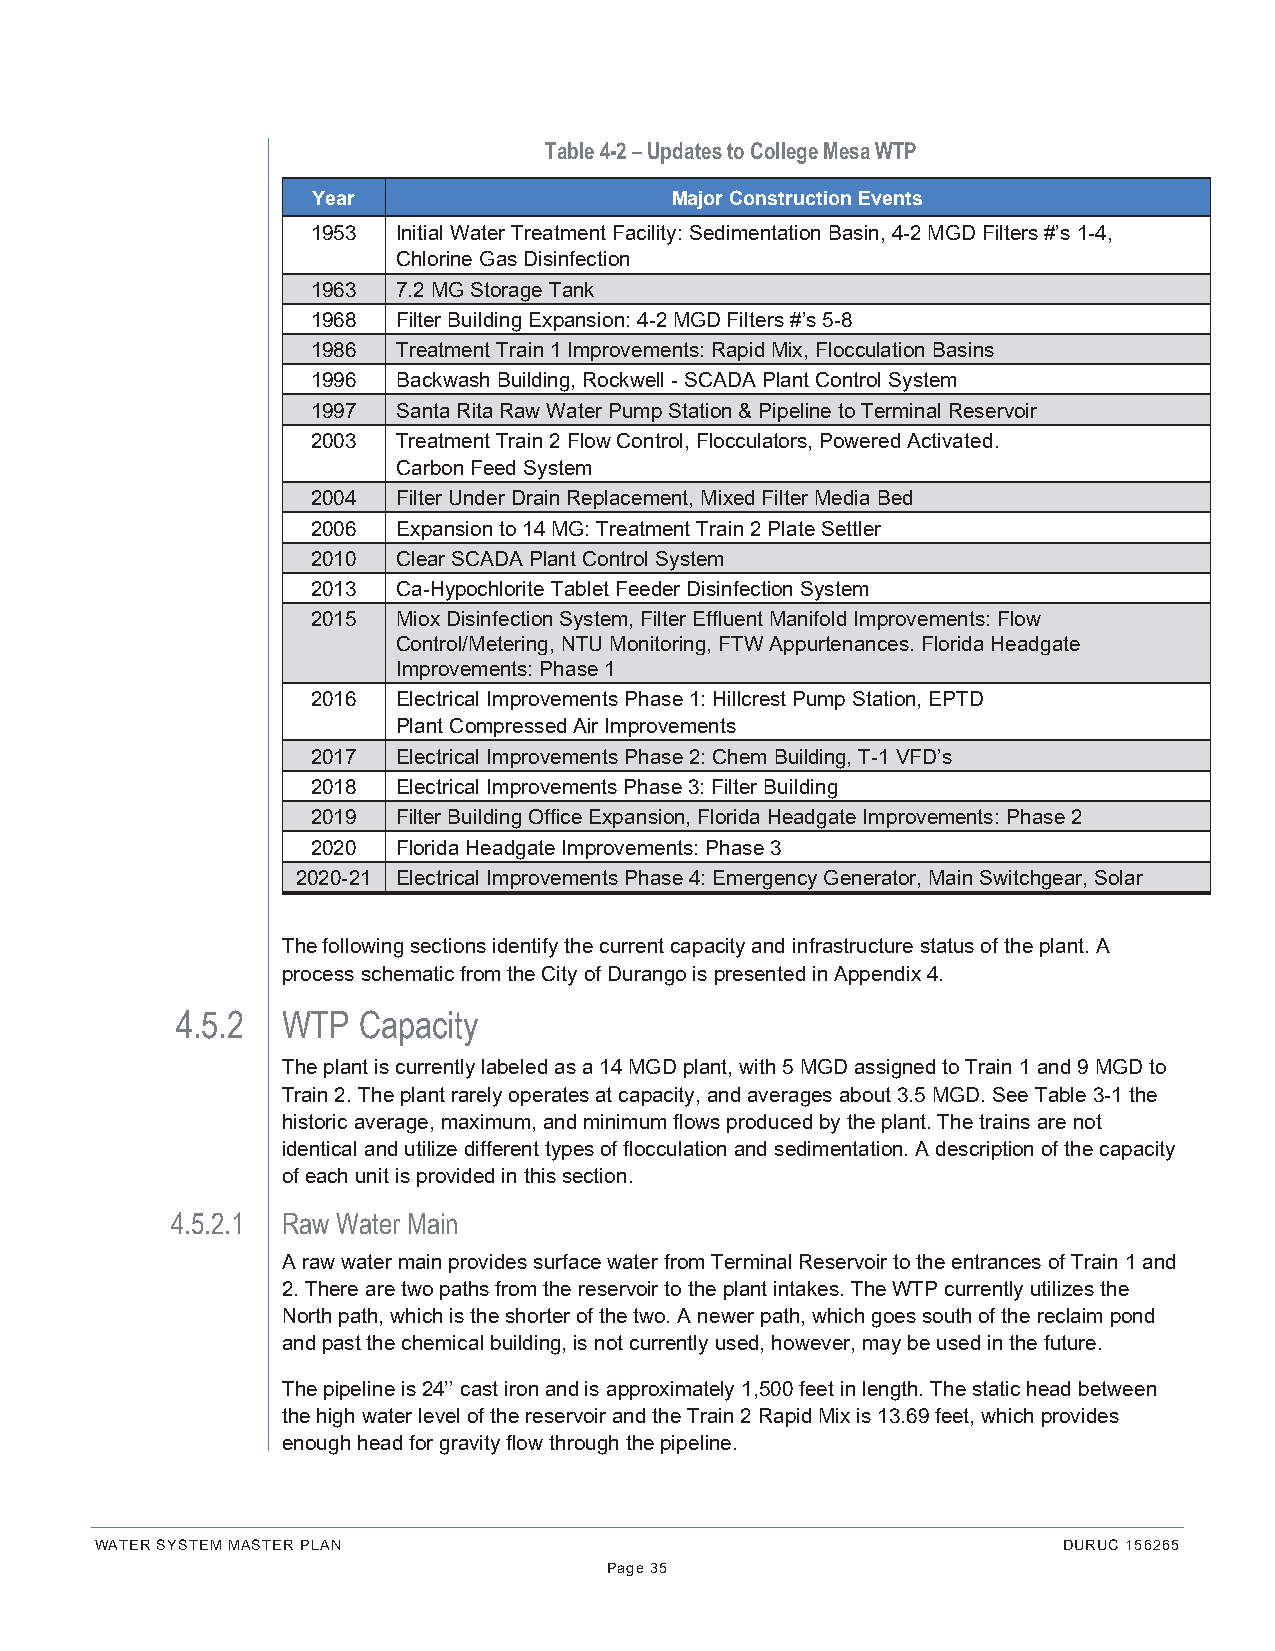
Table 4-2 – Updates to College Mesa WTP
 Year                   Major Construction Events
 1953 Initial Water Treatment Facility: Sedimentation Basin, 4-2 MGD Filters #’s 1-4,
 Chlorine Gas Disinfection
 1963 7.2 MG Storage Tank
 1968 Filter Building Expansion: 4-2 MGD Filters #’s 5-8
 1986 Treatment Train 1 Improvements: Rapid Mix, Flocculation Basins
 1996 Backwash Building, Rockwell - SCADA Plant Control System
 1997 Santa Rita Raw Water Pump Station & Pipeline to Terminal Reservoir
 2003 Treatment Train 2 Flow Control, Flocculators, Powered Activated.
 Carbon Feed System
 2004 Filter Under Drain Replacement, Mixed Filter Media Bed
 2006 Expansion to 14 MG: Treatment Train 2 Plate Settler
 2010 Clear SCADA Plant Control System
 2013 Ca-Hypochlorite Tablet Feeder Disinfection System
 2015 Miox Disinfection System, Filter Effluent Manifold Improvements: Flow
 Control/Metering, NTU Monitoring, FTW Appurtenances. Florida Headgate
 Improvements: Phase 1
 2016 Electrical Improvements Phase 1: Hillcrest Pump Station, EPTD
 Plant Compressed Air Improvements
 2017 Electrical Improvements Phase 2: Chem Building, T-1 VFD’s
 2018 Electrical Improvements Phase 3: Filter Building
 2019 Filter Building Office Expansion, Florida Headgate Improvements: Phase 2
 2020 Florida Headgate Improvements: Phase 3
 2020-21 Electrical Improvements Phase 4: Emergency Generator, Main Switchgear, Solar
 The following sections identify the current capacity and infrastructure status of the plant. A
 process schematic from the City of Durango is presented in Appendix 4.
 4.5.2  WTP  Capacity
 The plant is currently labeled as a 14 MGD plant, with 5 MGD assigned to Train 1 and 9 MGD to
 Train 2. The plant rarely operates at capacity, and averages about 3.5 MGD. See Table 3-1 the
 historic average, maximum, and minimum flows produced by the plant. The trains are not
 identical and utilize different types of flocculation and sedimentation. A description of the capacity
 of each unit is provided in this section.
 4.5.2.1 Raw Water Main
 A raw water main provides surface water from Terminal Reservoir to the entrances of Train 1 and
 2. There are two paths from the reservoir to the plant intakes. The WTP currently utilizes the
 North path, which is the shorter of the two. A newer path, which goes south of the reclaim pond
 and past the chemical building, is not currently used, however, may be used in the future.
 The pipeline is 24’’ cast iron and is approximately 1,500 feet in length. The static head between
 the high water level of the reservoir and the Train 2 Rapid Mix is 13.69 feet, which provides
 enough head for gravity flow through the pipeline.
 WATER SYSTEM MASTER PLAN                                        DURUC 156265
 Page 35